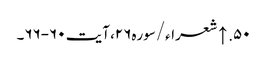
۵۰. ↑ شعراء/سوره۲۶، آیت ۶۰-۶۶۔